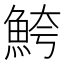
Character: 鮬